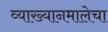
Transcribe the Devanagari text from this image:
व्याख्यानमालेचा